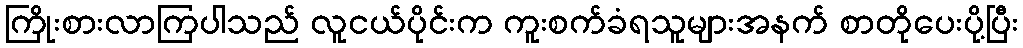
ကြိုးစားလာကြပါသည် လူငယ်ပိုင်းက ကူးစက်ခံရသူများအနက် စာတိုပေးပို့ပြီး